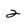
Character: 2